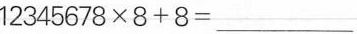
$$1 2 3 4 5 6 7 8\times 8 + 8 = _ _ _ $$